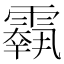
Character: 𩅱